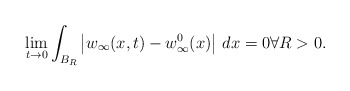
\begin{align*}\lim_{t\to 0}\int_{B_R}\left|w_{\infty}(x,t)-w_{\infty}^0(x)\right|\,dx=0 \forall R>0.\end{align*}